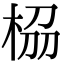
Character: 𭪁